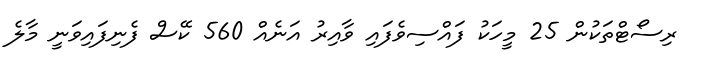
ރިސޯޓްތަކުން 25 މީހަކު ފައްސިވެފައި ވާއިރު އަނެއް 560 ކޭސް ފެނިފައިވަނީ މާލެ